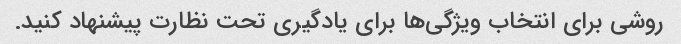
روشی برای انتخاب ویژگی‌ها برای یادگیری تحت نظارت پیشنهاد کنید.